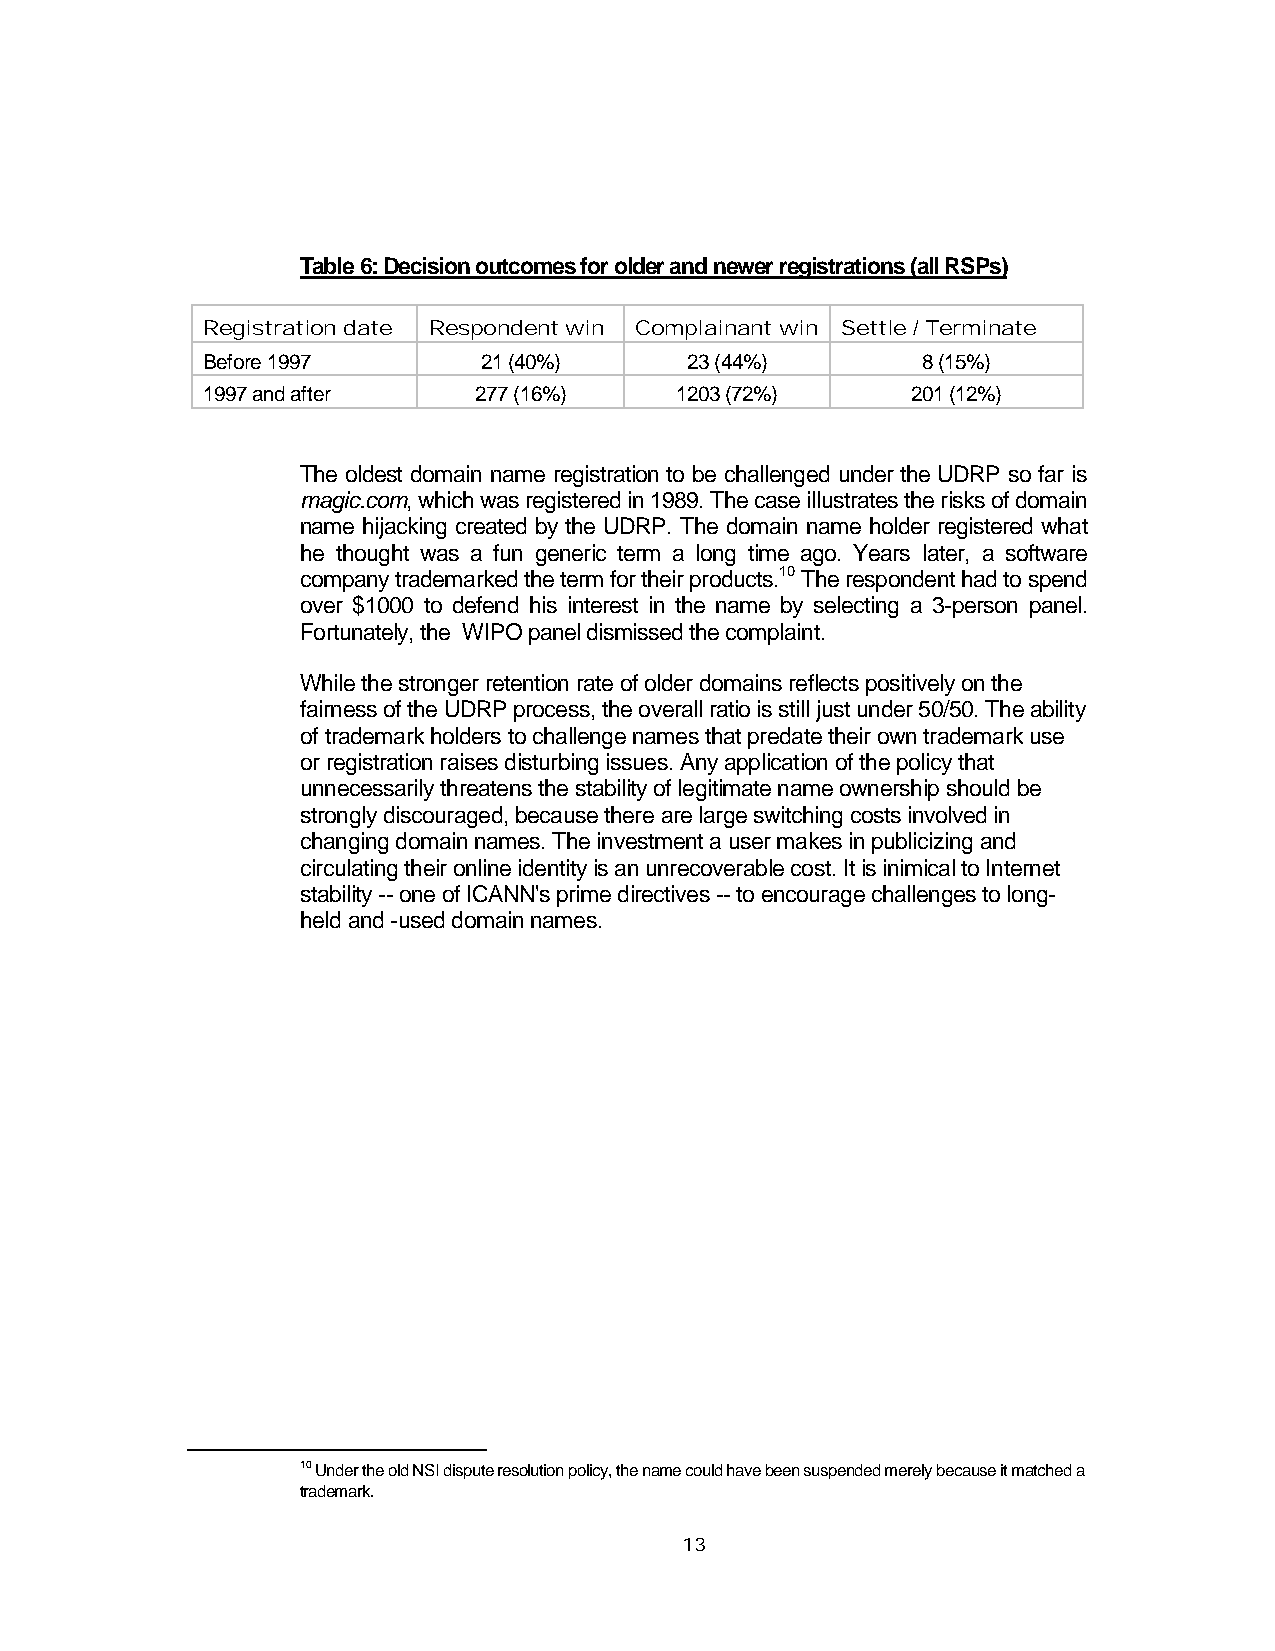
Table 6: Decision outcomes for older and newer registrations (all RSPs)
 Registration date Respondent win Complainant win Settle / Terminate
 Before 1997        21 (40%)     23 (44%)        8 (15%)
 1997 and after    277 (16%)     1203 (72%)     201 (12%)
 The oldest domain name registration to be challenged under the UDRP so far is
 magic.com, which was registered in 1989. The case illustrates the risks of domain
 name hijacking created by the UDRP. The domain name holder registered what
 he thought was a fun generic term a long time ago. Years later, a software
 company trademarked the term for their products.10 The respondent had to spend
 over $1000 to defend his interest in the name by selecting a 3-person panel.
 Fortunately, the WIPO panel dismissed the complaint.
 While the stronger retention rate of older domains reflects positively on the
 fairness of the UDRP process, the overall ratio is still just under 50/50. The ability
 of trademark holders to challenge names that predate their own trademark use
 or registration raises disturbing issues. Any application of the policy that
 unnecessarily threatens the stability of legitimate name ownership should be
 strongly discouraged, because there are large switching costs involved in
 changing domain names. The investment a user makes in publicizing and
 circulating their online identity is an unrecoverable cost. It is inimical to Internet
 stability -- one of ICANN's prime directives -- to encourage challenges to long-
 held and -used domain names.
 10 Under the old NSI dispute resolution policy, the name could have been suspended merely because it matched a
 trademark.
 13